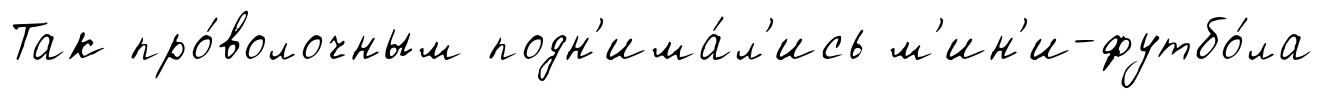
Так про́волочным подн'има́л'ись м'ин'и-футбо́ла